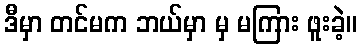
ဒီမှာ တင်မက ဘယ်မှာ မှ မကြား ဖူးခဲ့။